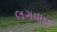
લગવાના